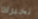
نخبرك